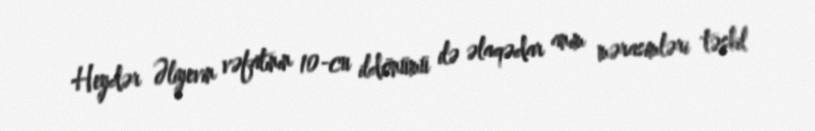
Heydər Əliyevin vəfatının 10-cu ildönümü ilə əlaqədar anım mərasimləri təşkil